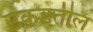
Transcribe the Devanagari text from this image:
उकडतील